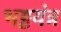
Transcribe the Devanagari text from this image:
भट्टयंत्र